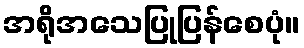
အရိုအသေပြုပြန်စေပုံ။